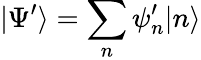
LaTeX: |\Psi^{\prime}\rangle=\sum_{n}\psi_{n}^{\prime}|n\rangle